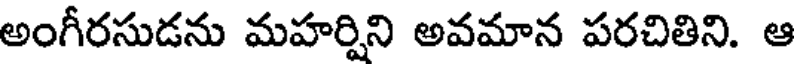
అంగీరసుడను మహర్షిని అవమాన పరచితిని. ఆ